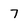
Character: 7